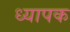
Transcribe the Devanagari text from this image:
ध्यापक